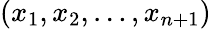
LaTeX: (x_{1},x_{2},\ldots,x_{n+1})